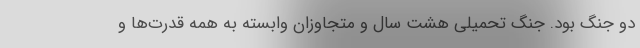
دو جنگ بود. جنگ تحمیلی هشت سال و متجاوزان وابسته به همه قدرت‌ها و